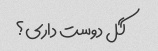
گل دوست داری؟